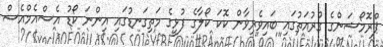
ޕްރޮމޯޝަންގެ ގުރުއަތުގައި ބައިވެރިވާން ކޮކަ ކޯލާގެ ފުޅީގެ މަތިގަނޑުގައި އިންނަ ކޯޑު އެސްއެމްއެސް